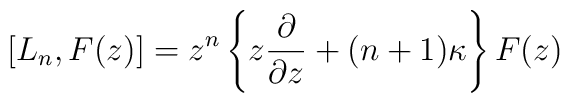
[L_n, F(z)] =z^n \left\{ z \frac{\partial}{\partial z} + (n+1)\kappa\right\} F(z)